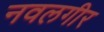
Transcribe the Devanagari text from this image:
नवलगीर